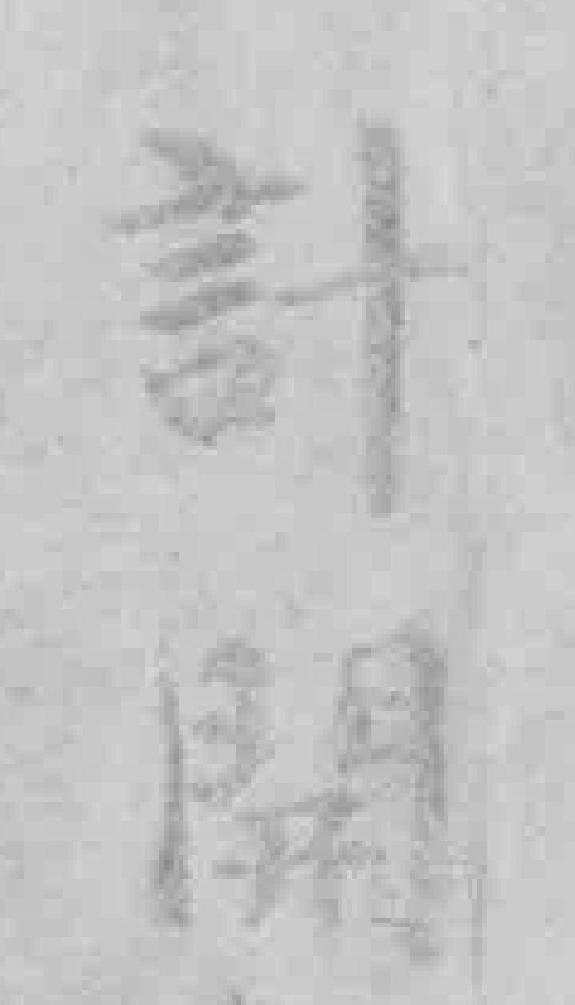
計開